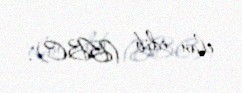
elan edib (BBC).